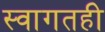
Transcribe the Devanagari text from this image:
स्वागतही